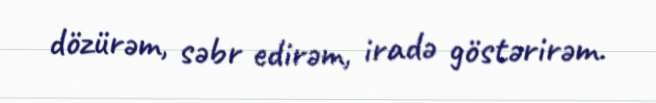
dözürəm, səbr edirəm, iradə göstərirəm.